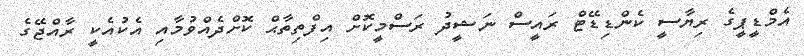
އެމްޑީޕީގެ ރިޔާސީ ކެންޑިޑޭޓް ރައީސް ނަޝީދު ރަސްމީކޮށް އިފްތިތާޙް ކޮށްދެއްވުމާއި އެކުއެކީ ރާއްޖޭގެ